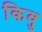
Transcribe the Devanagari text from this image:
किवु